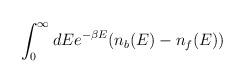
LaTeX: \begin{align*}\int_{0}^{\infty} dE {e^{-\beta E}(n_b(E) - n_f(E))}\end{align*}